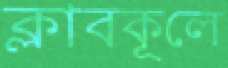
ক্লাবকূলে